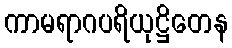
ကာမရာဂပရိယုဋ္ဌိတေန